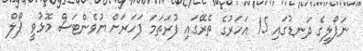
ނަޕޯލީގެ ދަނޑުގައި 15 އަހަރުގެ ތެރޭގައި ފުރަތަމަ ފަހަރަށް ޔުވެންޓަސް މޮޅުވީ ޕޯލް